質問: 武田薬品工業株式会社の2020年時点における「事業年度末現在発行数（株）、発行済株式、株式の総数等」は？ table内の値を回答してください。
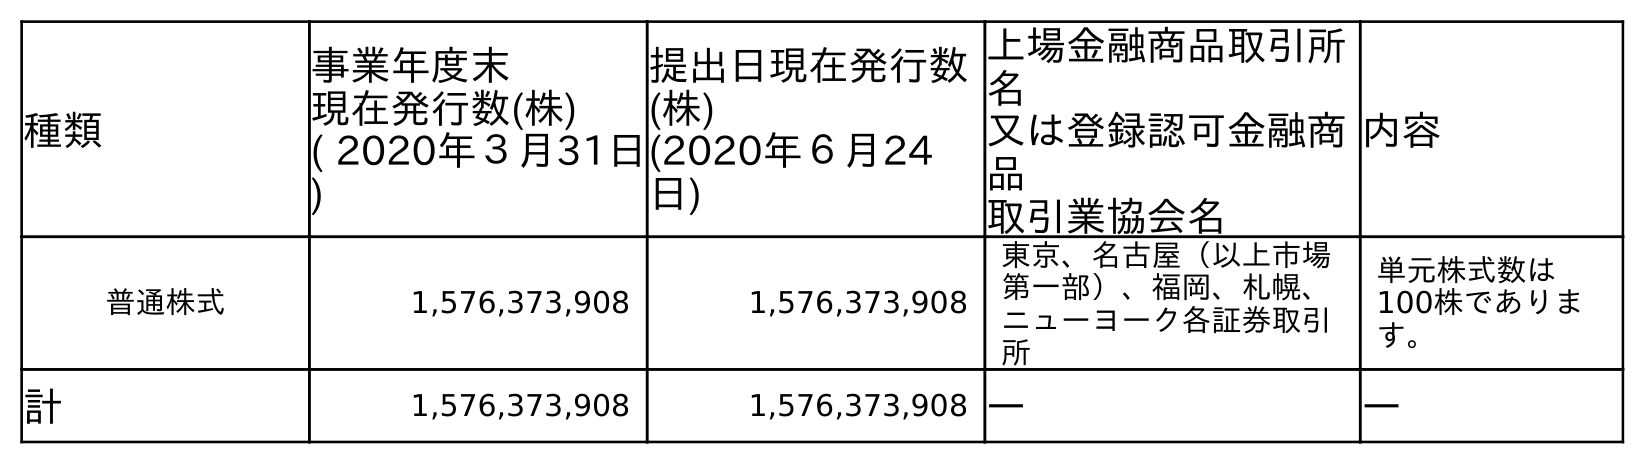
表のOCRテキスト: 種類 事業年度末 現在発行数(株) ( 2020年３月31日 ) 提出日現在発行数 (株) (2020年６月24 日) 上場金融商品取引所 名 又は登録認可金融商 品 取引業協会名 内容 普通株式 1,576,373,908 1,576,373,908 東京、名古屋（以上市場 第一部）、福岡、札幌、 ニューヨーク各証券取引 所 単元株式数は 100株でありま す。 計 1,576,373,908 1,576,373,908 ― ―
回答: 1,576,373,908